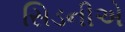
સિડનીએ